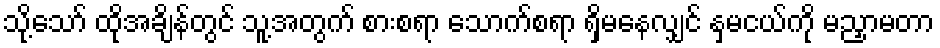
သို့သော် ထိုအချိန်တွင် သူ့အတွက် စားစရာ သောက်စရာ ရှိမနေလျှင် နှမငယ်ကို မညှာမတာ